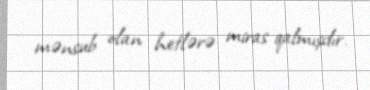
mənsub olan hetlərə miras qalmışdır.